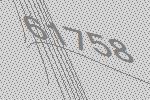
61758